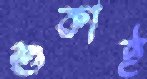
শুকাই